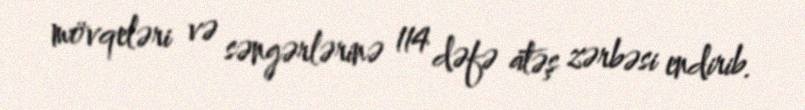
mövqeləri və səngərlərinə 114 dəfə atəş zərbəsi endirib.